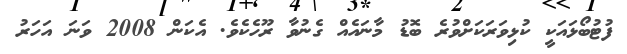
ފުޓުބޯޅައަކީ ކުޅިވަރަކަށްވުރެ ބޮޑު މާނައެއް ގެނުވާ ރޫހެކެވެ. އެކަން 2008 ވަނަ އަހަރު